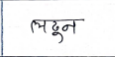
मजकूर: लढून